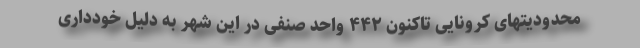
محدودیتهای کرونایی تاکنون ۴۴۲ واحد صنفی در این شهر به دلیل خودداری